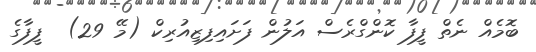
ބޮމެއް ނެތް ފީފާ ކޮންގްރެސް އަލުން ފަށައިފިޒިއުރިކް (މޭ 29)  ފީފާގެ